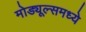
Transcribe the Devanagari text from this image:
मोड्यूल्समध्ये